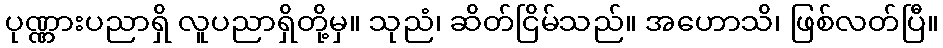
ပုဏ္ဏားပညာရှိ လူပညာရှိတို့မှ။ သုညံ၊ ဆိတ်ငြိမ်သည်။ အဟောသိ၊ ဖြစ်လတ်ပြီ။